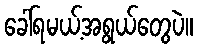
ခေါ်ရမယ့်အရွယ်တွေပဲ။